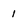
Character: 1